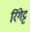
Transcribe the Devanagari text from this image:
रिंगेट्ट